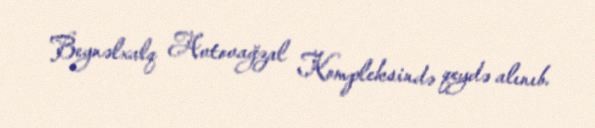
Beynəlxalq Avtovağzal Kompleksində qeydə alınıb.